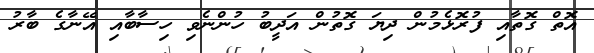
އޮތް ގޮތާއި ފުރޮޅެމުން ދިޔަ ގޮތުން އަދީބު ހުންނެވި ހިސާބާއި އޭނާގެ ބާރު